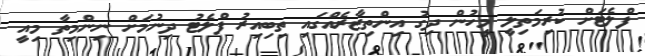
ފްލެޓަށް ކުރިމަތިލީ މީހުން ދިގު އިންތިޒާރެއްގައި ތިބިއިރު ފްލެޓު ދިނުމަށް ނިންމިތާ މިއީ